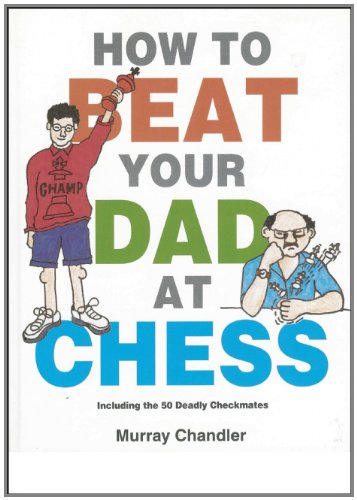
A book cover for How to Beat Your Dad at Chess (Gambit Chess); Murray Chandler; Humor & Entertainment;